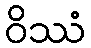
ဝိဿံ